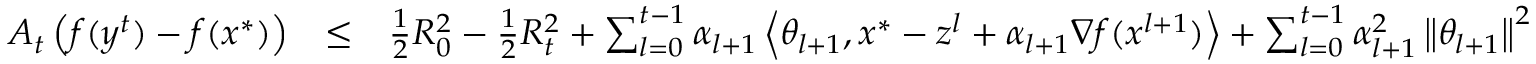
\begin{array} { r l r } { A _ { t } \left( f ( y ^ { t } ) - f ( x ^ { * } ) \right) } & { \le } & { \frac { 1 } { 2 } R _ { 0 } ^ { 2 } - \frac { 1 } { 2 } R _ { t } ^ { 2 } + \sum _ { l = 0 } ^ { t - 1 } \alpha _ { l + 1 } \left\langle \theta _ { l + 1 } , x ^ { * } - z ^ { l } + \alpha _ { l + 1 } \nabla f ( x ^ { l + 1 } ) \right\rangle + \sum _ { l = 0 } ^ { t - 1 } \alpha _ { l + 1 } ^ { 2 } \left\| \theta _ { l + 1 } \right\| ^ { 2 } } \end{array}